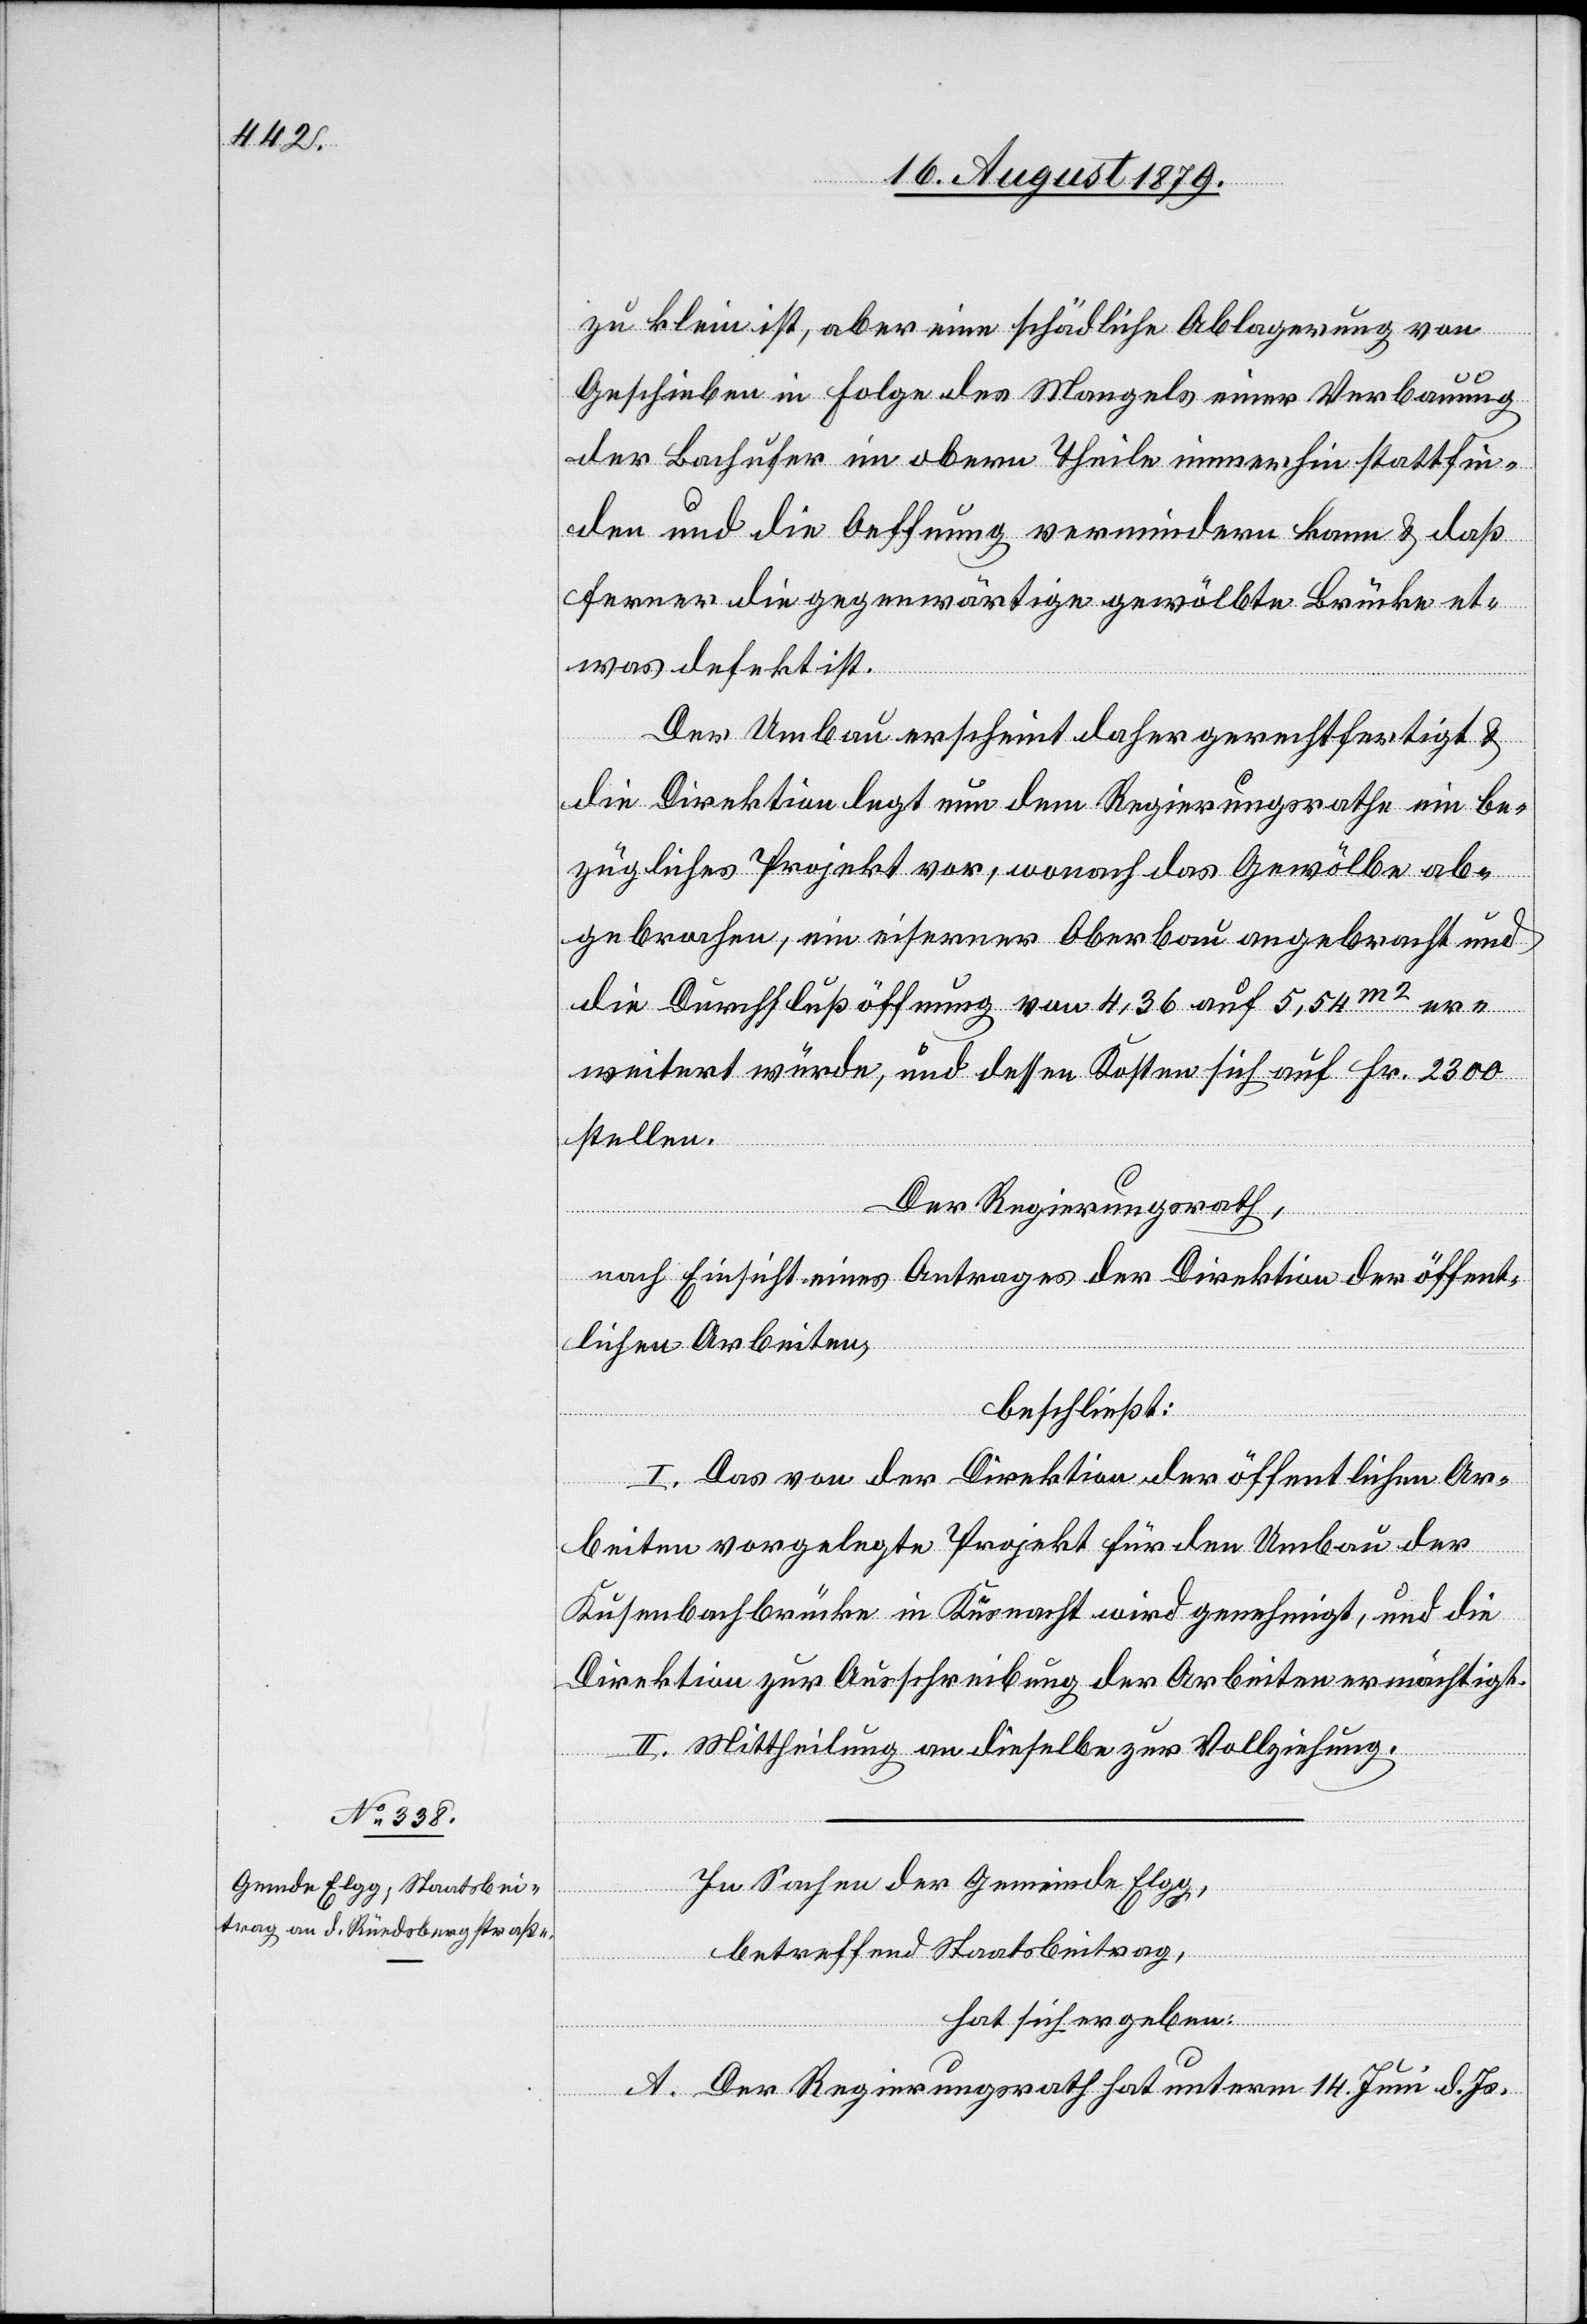
zu klein ist, aber eine schädliche Ablagerung von
Geschieben in Folge des Mangels einer Verbauung
der Bachufer im obern Theile immerhin stattfin¬
den und die Oeffnung vermindern kann & daß
ferner die gegenwärtige gewölbte Brücke et¬
was defekt ist.
Der Umbau erscheint daher gerechtfertigt &
die Direktion legt nun dem Regierungsrathe ein be¬
zügliches Projekt vor, wonach das Gewölbe ab¬
gebrochen, ein eiserner Oberbau angebracht und
die Durchflußöffnung von 4,36 auf 5,54 m2 er¬
weitert würde, und dessen Kosten sich auf Fr. 2300
stellen.
Der Regierungsrath,
nach Einsicht eines Antrages der Direktion der öffent¬
lichen Arbeiten,
beschließt:
I. Das von der Direktion der öffentlichen Ar¬
beiten vorgelegte Projekt für den Umbau der
Kusenbachbrücke in Küsnacht wird genehmigt, und die
Direktion zur Ausschreibung der Arbeiten ermächtigt.
II. Mittheilung an dieselbe zur Vollziehung.
In Sachen der Gemeinde Elgg,
betreffend Staatsbeitrag,
hat sich ergeben:
A. Der Regierungsrath hat unterm 14. Juni d. Js.